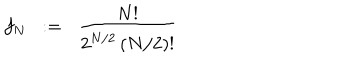
LaTeX: f _ { N } \; \; : = \; \; { \frac { N ! } { 2 ^ { N / 2 } \, ( N / 2 ) ! } }